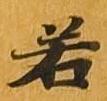
若